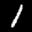
Label: 1